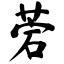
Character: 菪